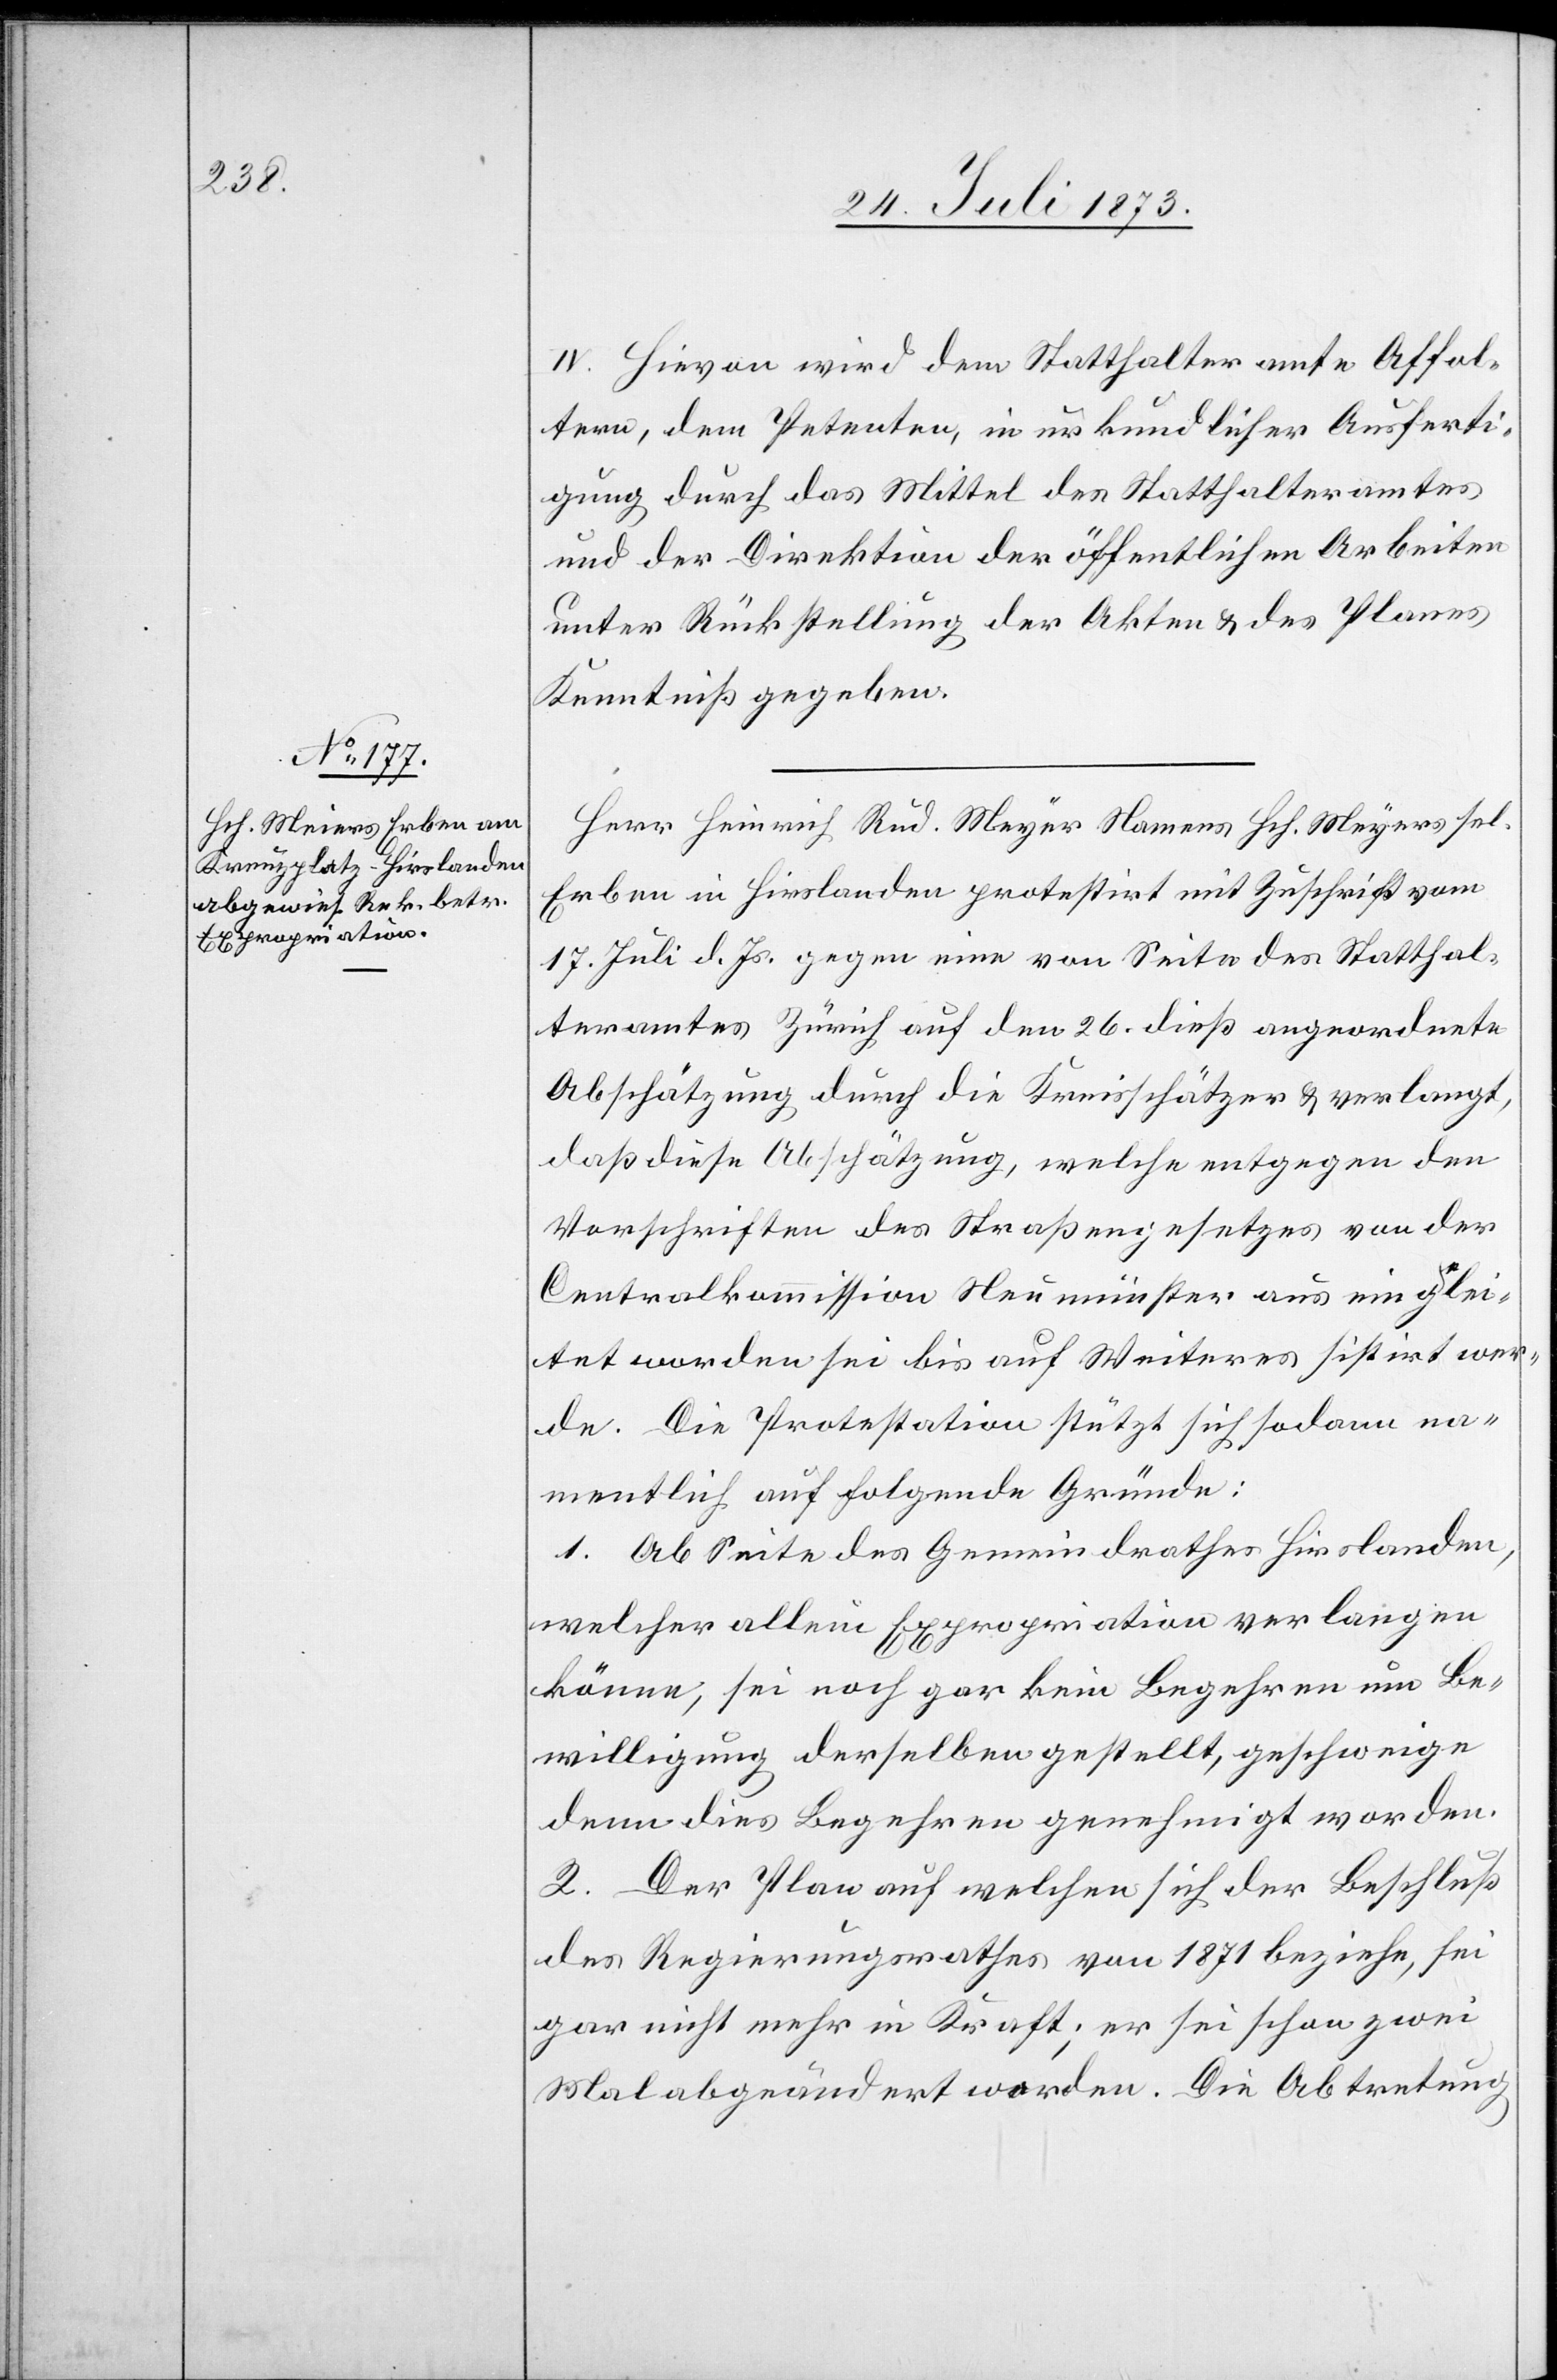
IV. Hievon wird dem Statthalteramte Affol¬
tern, dem Petenten, in urkundlicher Ausferti¬
gung durch das Mittel des Statthalteramtes
und der Direktion der öffentlichen Arbeiten
unter Rückstellung der Akten & des Planes
Kenntniß gegeben.
Herr Heinrich Rud. Meyer [sic!] Namens Hch. Meyers sel.
Erben in Hirslanden protestirt mit Zuschrift vom
17. Juli d. Js. gegen eine von Seite des Statthal¬
teramtes Zürich auf den 26. dieß angeordnete
Abschätzung durch die Kreisschätzer & verlangt,
daß diese Abschätzung, welche entgegen den
Vorschriften des Straßengesetzes von der
Centralkommission Neumünster aus eingelei¬
tet worden sei bis auf Weiteres sistirt wer¬
de. Die Protestation stützt sich sodann na¬
mentlich auf folgende Gründe:
1. Ab Seite des Gemeindrathes Hirslanden,
welcher allein Expropriation verlangen
könnte, sei noch gar kein Begehren um Be¬
willigung derselben gestellt, geschweige
denn dies Begehren genehmigt worden.
2. Der Plan auf welchen sich der Beschluß
des Regierungsrathes von 1871 beziehe, sei
gar nicht mehr in Kraft; er sei schon zwei
Mal abgeändert worden. Die Abtretung